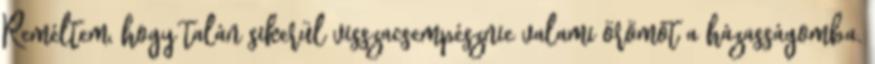
Reméltem, hogy talán sikerül visszacsempésznie valami örömöt a házasságomba.